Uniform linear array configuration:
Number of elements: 16
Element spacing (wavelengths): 0.25
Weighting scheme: uniform
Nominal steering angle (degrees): -45
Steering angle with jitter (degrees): -46.575
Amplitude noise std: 0.05
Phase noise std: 0.05

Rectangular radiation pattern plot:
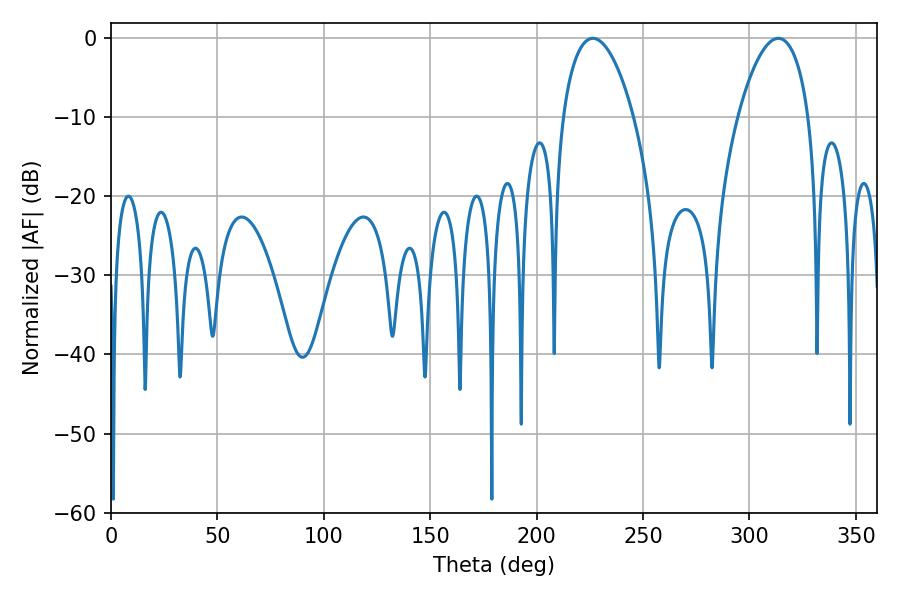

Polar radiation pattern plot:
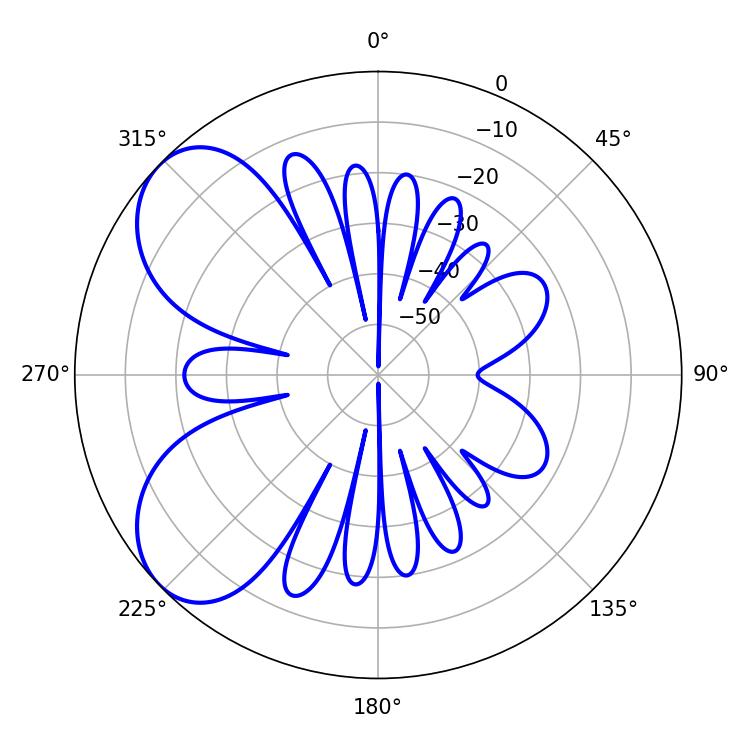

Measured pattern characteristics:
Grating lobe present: FALSE
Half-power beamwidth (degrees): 18.72
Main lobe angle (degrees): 226.44